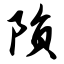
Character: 陨